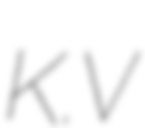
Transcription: K.V